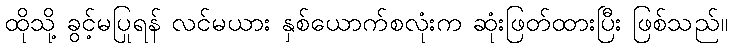
ထိုသို့ ခွင့်မပြုရန် လင်မယား နှစ်ယောက်စလုံးက ဆုံးဖြတ်ထားပြီး ဖြစ်သည်။